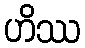
ဟိဿ